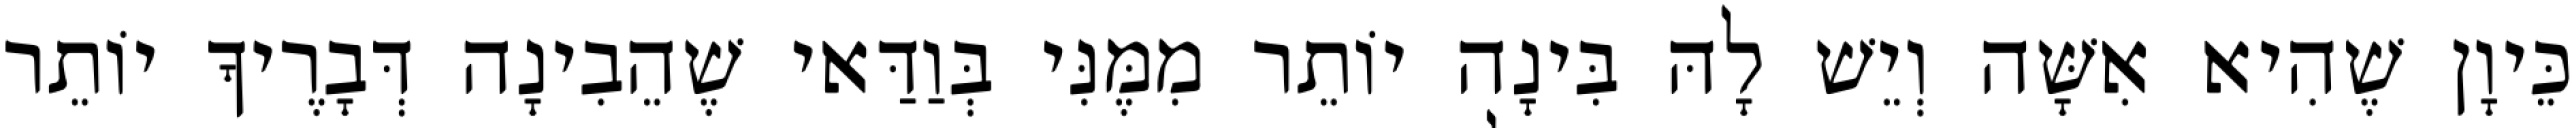
כֵּיוָן שֶׁהִיא אִשָּׁה וְיֵשׁ לָהּ בִּינָה יוֹתֵר מִמֶּנִּי בְּוַדַּאי שֶׁהֵבִינָה דְּבָרֶיךָ יוֹתֵר